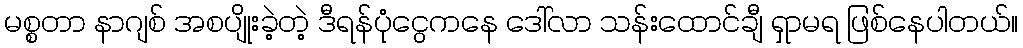
မစ္စတာ နာဂျစ် အစပျိုးခဲ့တဲ့ ဒီရန်ပုံငွေကနေ ဒေါ်လာ သန်းထောင်ချီ ရှာမရ ဖြစ်နေပါတယ်။